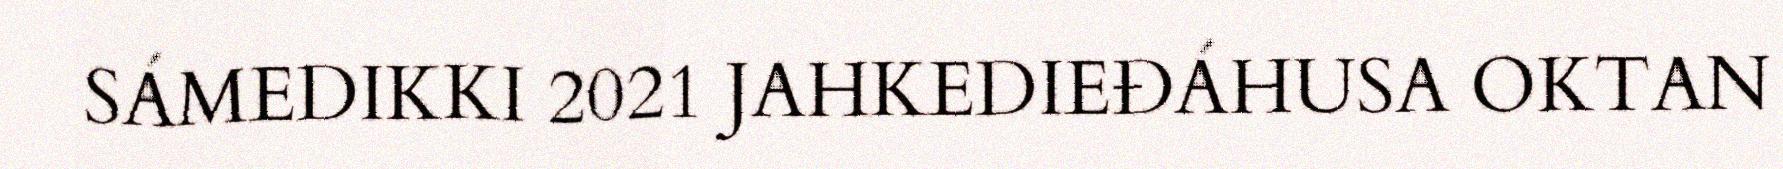
SÁMEDIKKI 2021 JAHKEDIEĐÁHUSA OKTAN